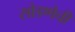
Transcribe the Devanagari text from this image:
सोडणेची